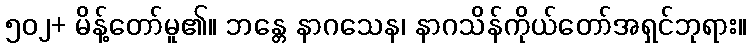
၅၀၂+ မိန့်တော်မူ၏။ ဘန္တေ နာဂသေန၊ နာဂသိန်ကိုယ်တော်အရှင်ဘုရား။